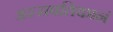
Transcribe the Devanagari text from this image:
अस्सवतिकानं